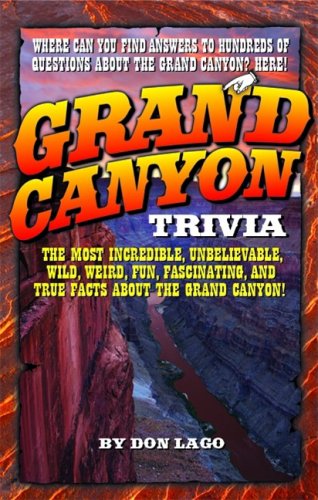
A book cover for Grand Canyon Trivia; Don Lago; Travel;